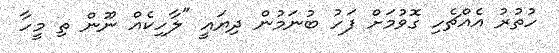
ހުތުރު އެއްޗެހި ގޮވުމަށް ފަހު ބުނަމުން ދިޔައީ "ލާހިކެއް ނޫން ތި މީހާ